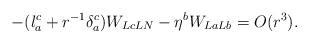
LaTeX: \begin{align*} - (l_{a}^c+r^{-1}\delta_a^c)W_{LcLN } - \eta^b W_{LaLb}=O(r^3).\end{align*}